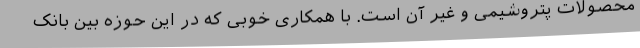
محصولات پتروشیمی و غیر آن است. با همکاری خوبی که در این حوزه بین بانک